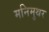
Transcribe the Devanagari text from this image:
मनिमुथर